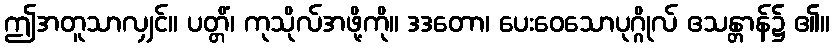
ဤအတူသာလျှင်။ ပတ္တိံ၊ ကုသိုလ်အဖို့ကို။ ဒဒတော၊ ပေးဝေသောပုဂ္ဂိုလ် ဧသန္တာန်၌ ၏။